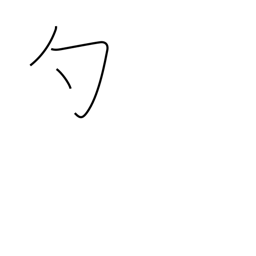
Meaning: dip